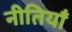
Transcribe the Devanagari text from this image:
नीतियॉं